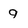
Character: 9